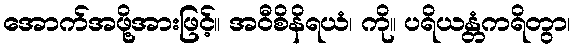
အောက်အဖို့အားဖြင့်။ အဝီစိနိရယံ၊ ကို။ ပရိယန္တံကရိတွာ၊